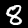
Digit: 8